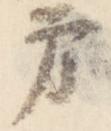
方